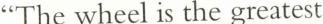
“The wheel is the greatest